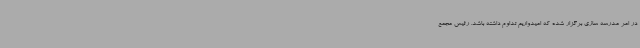
در امر مدرسه سازی برگزار شده که امیدواریم تداوم داشته باشد. رئیس مجمع